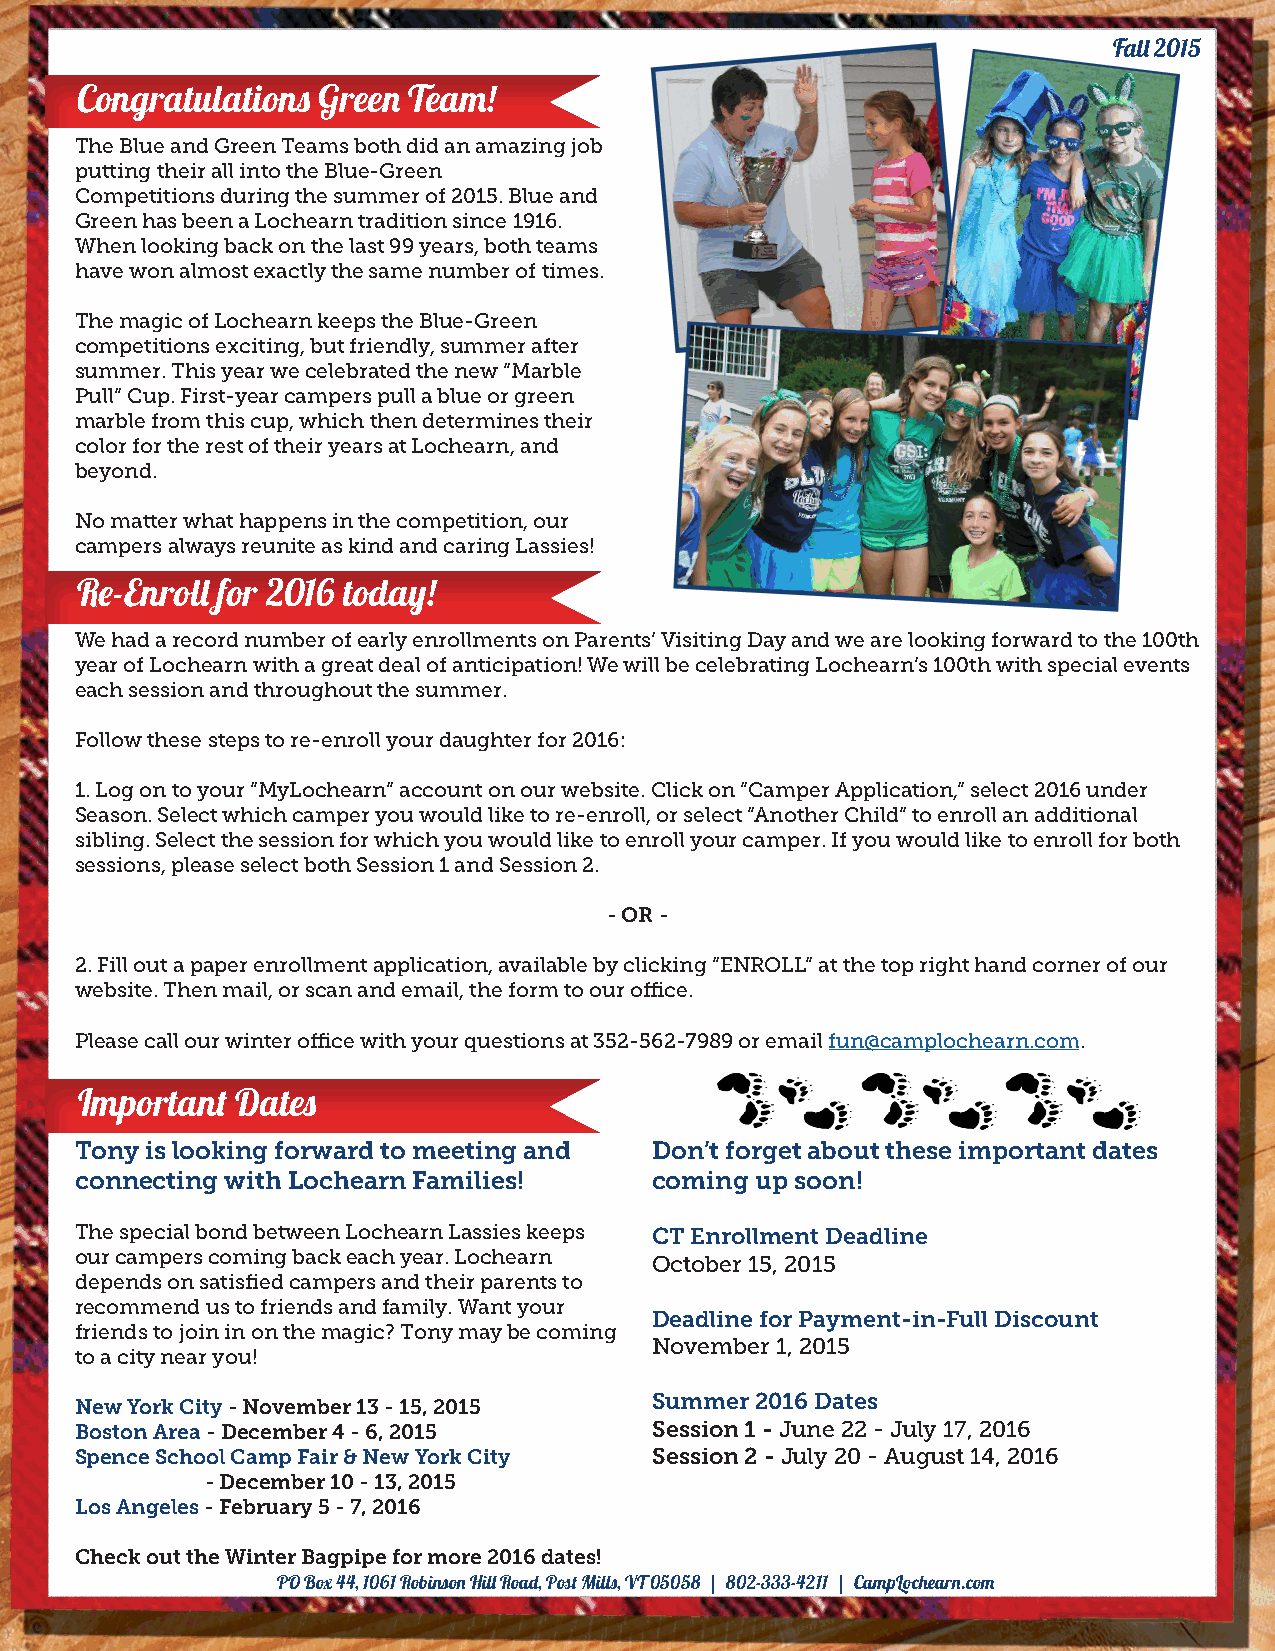
Fall 2015
 Congratulations Green Team!
 The Blue and Green Teams both did an amazing job
 putting their all into the Blue-Green
 Competitions during the summer of 2015. Blue and
 Green has been a Lochearn tradition since 1916.
 When looking back on the last 99 years, both teams
 have won almost exactly the same number of times.
 The magic of Lochearn keeps the Blue-Green
 competitions exciting, but friendly, summer after
 summer. This year we celebrated the new “Marble
 Pull” Cup. First-year campers pull a blue or green
 marble from this cup, which then determines their
 color for the rest of their years at Lochearn, and
 beyond.
 No matter what happens in the competition, our
 campers always reunite as kind and caring Lassies!
 Re-Enroll for 2016 today!
 We had a record number of early enrollments on Parents’ Visiting Day and we are looking forward to the 100th
 year of Lochearn with a great deal of anticipation! We will be celebrating Lochearn’s 100th with special events
 each session and throughout the summer.
 Follow these steps to re-enroll your daughter for 2016:
 1. Log on to your “MyLochearn” account on our website. Click on “Camper Application,” select 2016 under
 Season. Select which camper you would like to re-enroll, or select “Another Child” to enroll an additional
 sibling. Select the session for which you would like to enroll your camper. If you would like to enroll for both
 sessions, please select both Session 1 and Session 2.
 - OR -
 2. Fill out a paper enrollment application, available by clicking “ENROLL” at the top right hand corner of our
 website. Then mail, or scan and email, the form to our office.
 Please call our winter office with your questions at 352-562-7989 or email fun@camplochearn.com.
 Important  Dates
 Tony is looking forward to meeting and Don’t forget about these important dates
 connecting with Lochearn Families!    coming up soon!
 The special bond between Lochearn Lassies keeps CT Enrollment Deadline
 our campers coming back each year. Lochearn October 15, 2015
 depends on satisfied campers and their parents to
 recommend us to friends and family. Want your
 Deadline for Payment-in-Full Discount
 friends to join in on the magic? Tony may be coming
 November 1, 2015
 to a city near you!
 Summer 2016 Dates
 New York City - November 13 - 15, 2015
 Boston Area - December 4 - 6, 2015    Session 1 - June 22 - July 17, 2016
 Spence School Camp Fair & New York City Session 2 - July 20 - August 14, 2016
 - December 10 - 13, 2015
 Los Angeles - February 5 - 7, 2016
 Check out the Winter Bagpipe for more 2016 dates!
 PO Box 44, 1061 Robinson Hill Road, Post Mills, VT 05058 | 802-333-4211 | CampLochearn.com